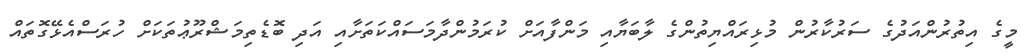
މީގެ އިތުރުންއަދުގެ ސަރުކާރުން މުޅިރައްޔިތުންގެ ލާބަޔާއި މަންފާއަށް ކުރަމުންދާމަސައްކަތަށާއި އަދި ބޮޑެތިމަޝްރޫޢުތަކަށް ހުރަސްއެޅޭގޮތައް